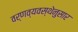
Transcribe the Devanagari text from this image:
वर्णव्यवस्थेनुसार